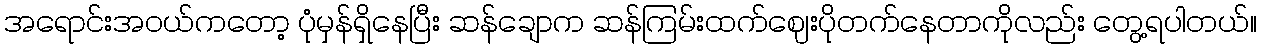
အရောင်းအဝယ်ကတော့ ပုံမှန်ရှိနေပြီး ဆန်ချောက ဆန်ကြမ်းထက်ဈေးပိုတက်နေတာကိုလည်း တွေ့ရပါတယ်။